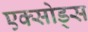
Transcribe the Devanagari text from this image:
एक्सोड्स